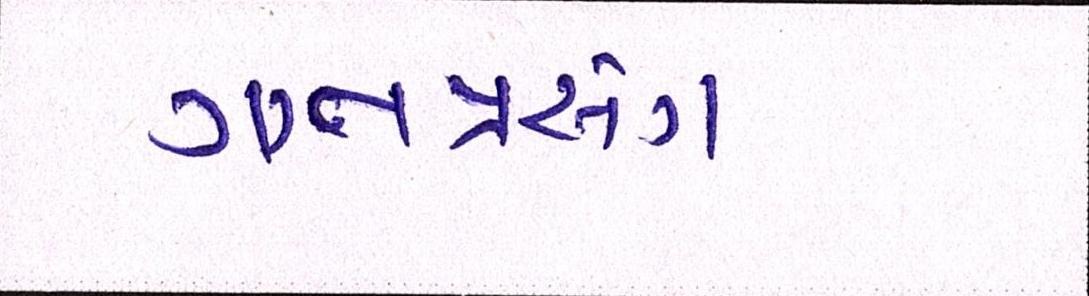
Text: લગ્નપ્રસંગ